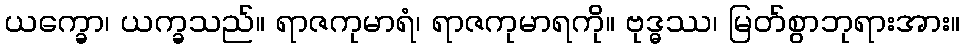
ယက္ခော၊ ယက္ခသည်။ ရာဇကုမာရံ၊ ရာဇကုမာရကို။ ဗုဒ္ဓဿ၊ မြတ်စွာဘုရားအား။